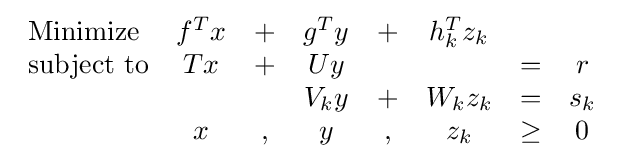
{\begin{array}{lccccccc}{\text{Minimize}}&f^{T}x&+&g^{T}y&+&h_{k}^{T}z_{k}&&\\{\text{subject to}}&Tx&+&Uy&&&=&r\\&&&V_{k}y&+&W_{k}z_{k}&=&s_{k}\\&x&,&y&,&z_{k}&\geq &0\end{array}}